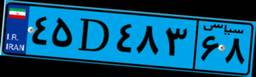
۴۵D۴۸۳۶۸